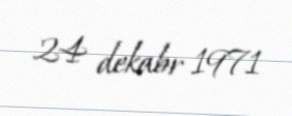
24 dekabr 1971